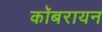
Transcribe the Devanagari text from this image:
कॉबरायन